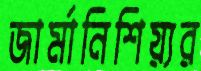
জার্মানিশিয়্যর